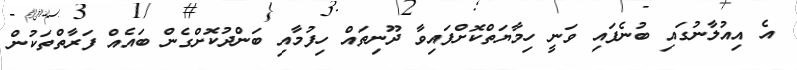
އެ އިއުލާނުގައި ބުނެފައި ވަނީ ހިމާޔަތްކޮށްފައިވާ ދޫނިތައް ހިފުމާއި ބަންދުކޮށްގެން ބައެއް ފަރާތްތަކުން